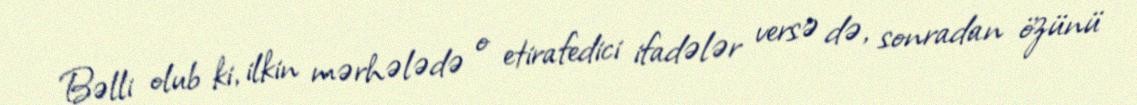
Bəlli olub ki, ilkin mərhələdə o etirafedici ifadələr versə də, sonradan özünü